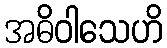
အဓိဝါသေဟိ